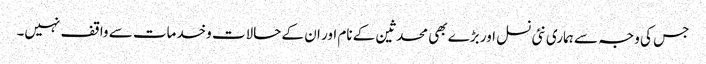
جس کی وجہ سے ہماری نئی نسل اور بڑے بھی محدثین کے نام اور ان کے حالات وخدمات سے واقف نہیں۔